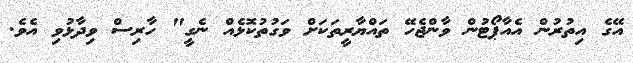
އޭގެ އިތުރުން އެއާޕޯޓުން ވާންޖެހޭ ތައްޔާރީތަކަށް ވަގުތުކޮޅެއް ނެގީ" ހާރިސް ވިދާޅުވި އެވެ.